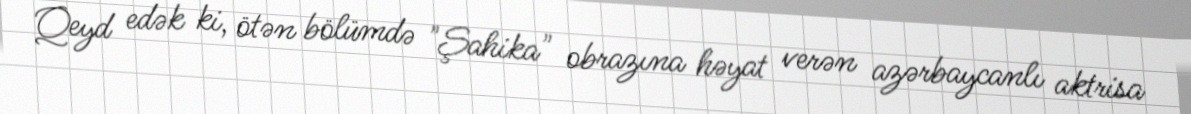
Qeyd edək ki, ötən bölümdə "Şahika" obrazına həyat verən azərbaycanlı aktrisa